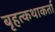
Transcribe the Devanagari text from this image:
बृहत्कथाकर्ता